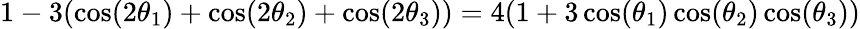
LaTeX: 1-3(\cos(2\theta_{1})+\cos(2\theta_{2})+\cos(2\theta_{3}))=4(1+3\cos(\theta_{1})\cos(\theta_{2})\cos(\theta_{3}))